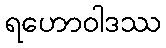
ရဟောဝါဒဿ